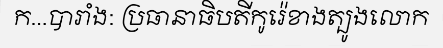
ក...បារាំង: ប្រធានាធិបតីកូរ៉េខាងត្បូងលោក